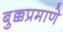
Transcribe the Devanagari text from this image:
बुक्कप्रमाणे